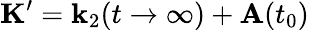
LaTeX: \mathbf{K}^{\prime}=\mathbf{k}_{2}(t\rightarrow\infty)+\mathbf{A}(t_{0})